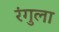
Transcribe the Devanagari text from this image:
रंगुला